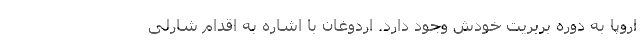
اروپا به دوره بربریت خودش وجود دارد. اردوغان با اشاره به اقدام شارلی